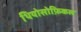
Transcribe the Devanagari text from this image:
थियोसोफ़िकल